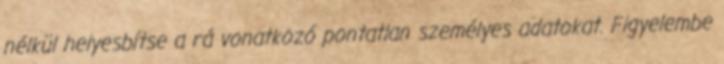
nélkül helyesbítse a rá vonatkozó pontatlan személyes adatokat. Figyelembe